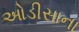
ઓડીસાના